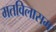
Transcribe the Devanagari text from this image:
मतविलासम